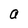
Character: a